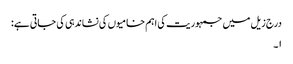
درج زیل میں جمہوریت کی اہم خامیوں کی نشاندہی کی جاتی ہے:
۱۔